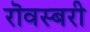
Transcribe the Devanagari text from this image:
रॊवस्बरी